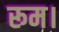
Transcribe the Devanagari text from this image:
रूम।